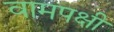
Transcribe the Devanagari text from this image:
वामपक्षी